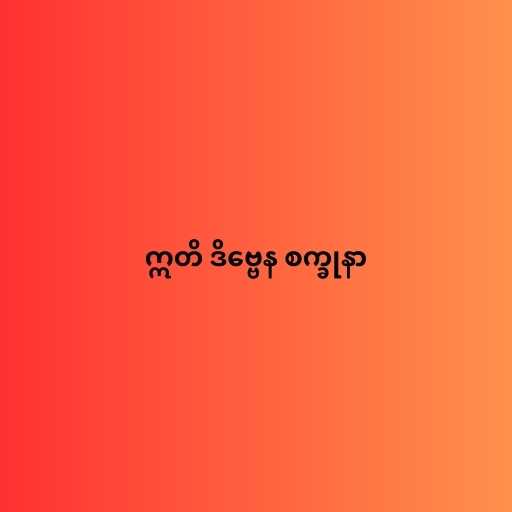
ဣတိ ဒိဗ္ဗေန စက္ခုနာ